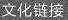
文化链接